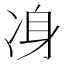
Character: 𠗏